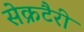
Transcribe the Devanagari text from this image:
सेक्रटैरी